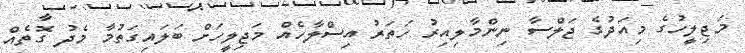
މަޖިލީހުގެ މިއަދުގެ ޖަލްސާ ނިންމާލިއިރު ހަތަރު އިސްލާހެއް މަޖިލީހަށް ބަލައިގަތުމާ މެދު ގޮތެއް